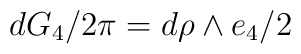
d G_4/{2\pi} = d\rho \land e_4/2